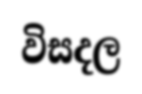
විසදල